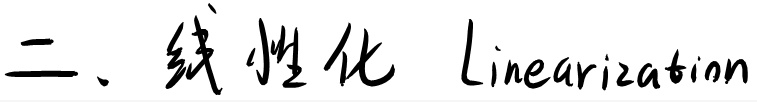
二、线性化 Linearization